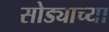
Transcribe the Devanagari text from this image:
सोड्याच्या